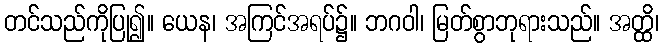
တင်သည်ကိုပြု၍။ ယေန၊ အကြင်အရပ်၌။ ဘဂဝါ၊ မြတ်စွာဘုရားသည်။ အတ္ထိ၊